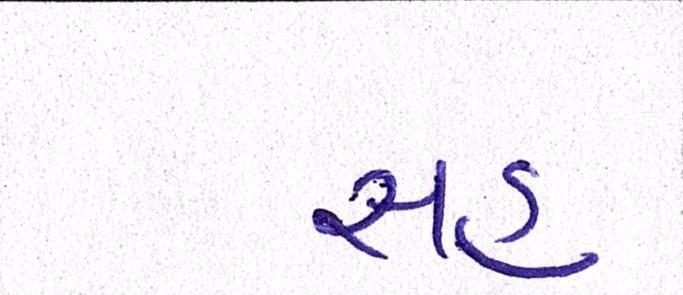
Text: સહુ